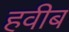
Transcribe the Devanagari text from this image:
हवीब